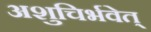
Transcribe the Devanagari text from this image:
अशुचिर्भवेत्